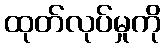
ထုတ်လုပ်မှုကို